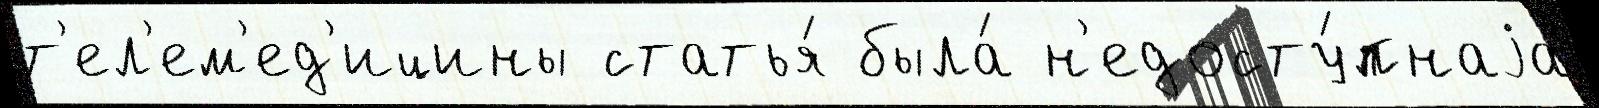
т'ел'ем'ед'ицины статья́ была́ н'едосту́пнаjа